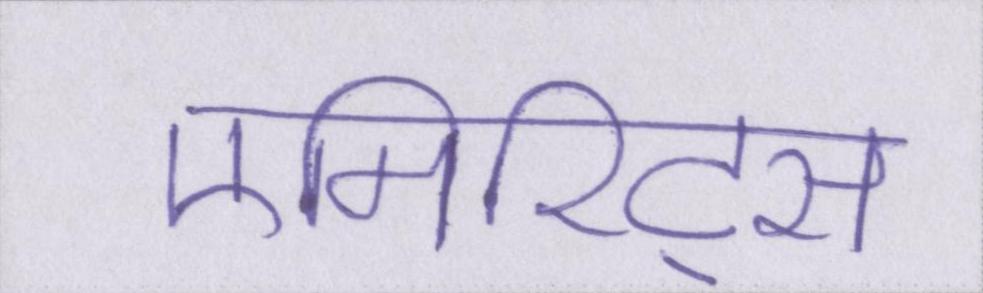
एमिरिट्स